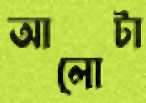
আলোটা